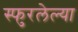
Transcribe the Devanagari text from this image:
स्फुरलेल्या